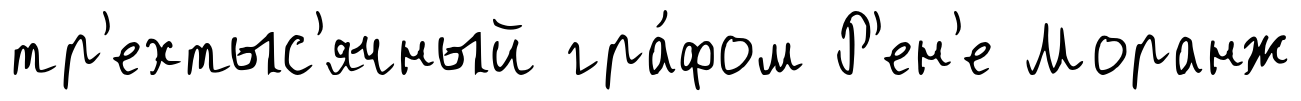
тр'ехтыс'ячный гра́фом Р'ен'е Моранж